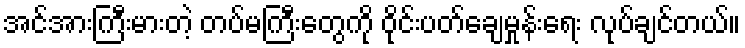
အင်အားကြီးမားတဲ့ တပ်မကြီးတွေကို ဝိုင်းပတ်ချေမှုန်းရေး လုပ်ချင်တယ်။